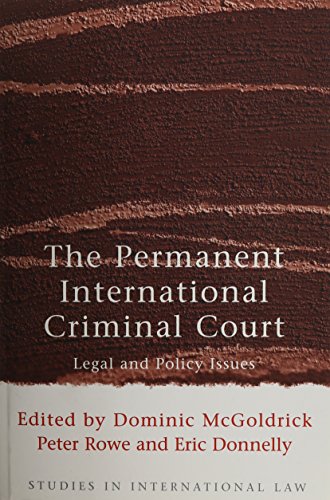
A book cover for The Permanent International Criminal Court: Legal and Policy Issues (Studies in International Law); Law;